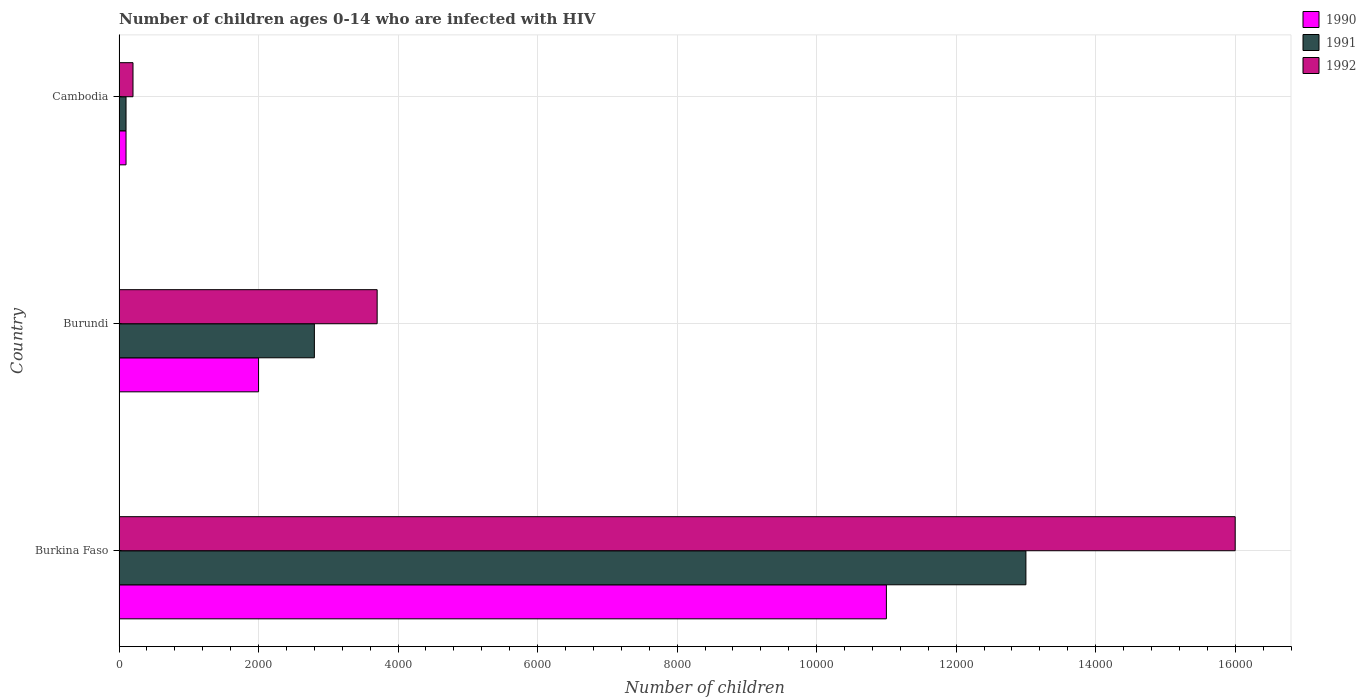
| Country | 1990 | 1991 | 1992 |
 | --- | --- | --- | --- |
 | Burkina Faso | 1.1e+04 | 1.3e+04 | 1.6e+04 |
 | Burundi | 2e+03 | 2.8e+03 | 3.7e+03 |
 | Cambodia | 100 | 100 | 200 |